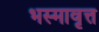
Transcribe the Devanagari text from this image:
भस्मावृत्त